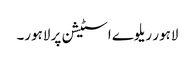
لاہور ریلوے اسٹیشن پر لاہور۔